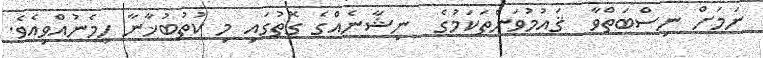
ނަމަށް ނިސްބަތްވާ  ޤައުމުވަންތަކަމުގެ  ނިޝާނެއްގެ ގޮތުގައި މި ކުތުބުޚާނާ ހިމެނުއްވިއެވެ.